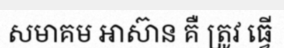
សមាគម អាស៊ាន គឺ ត្រូវ ធ្វើ